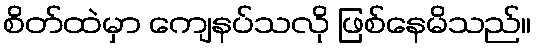
စိတ်ထဲမှာ ကျေနပ်သလို ဖြစ်နေမိသည်။